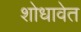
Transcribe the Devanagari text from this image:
शोधावेत